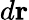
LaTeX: d\textbf{r}